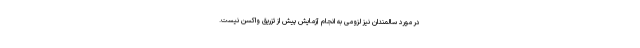
در مورد سالمندان نیز لزومی به انجام آزمایش پیش از تزریق واکسن نیست‌.